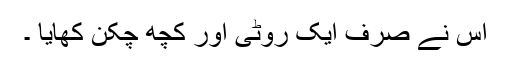
اس نے صرف ایک روٹی اور کچھ چکن کھایا ۔